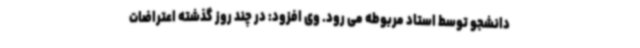
دانشجو توسط استاد مربوطه می رود. وی افزود: در چند روز گذشته اعتراضات